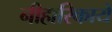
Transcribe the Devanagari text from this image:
नीहारिकायें